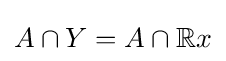
A\cap Y=A\cap \mathbb {R} x